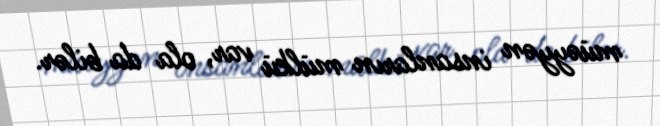
müəyyən insanların mülkü var, ola da bilər.